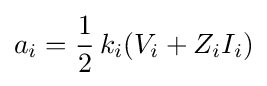
a_{i}={\frac {1}{2}}\,k_{i}(V_{i}+Z_{i}I_{i})